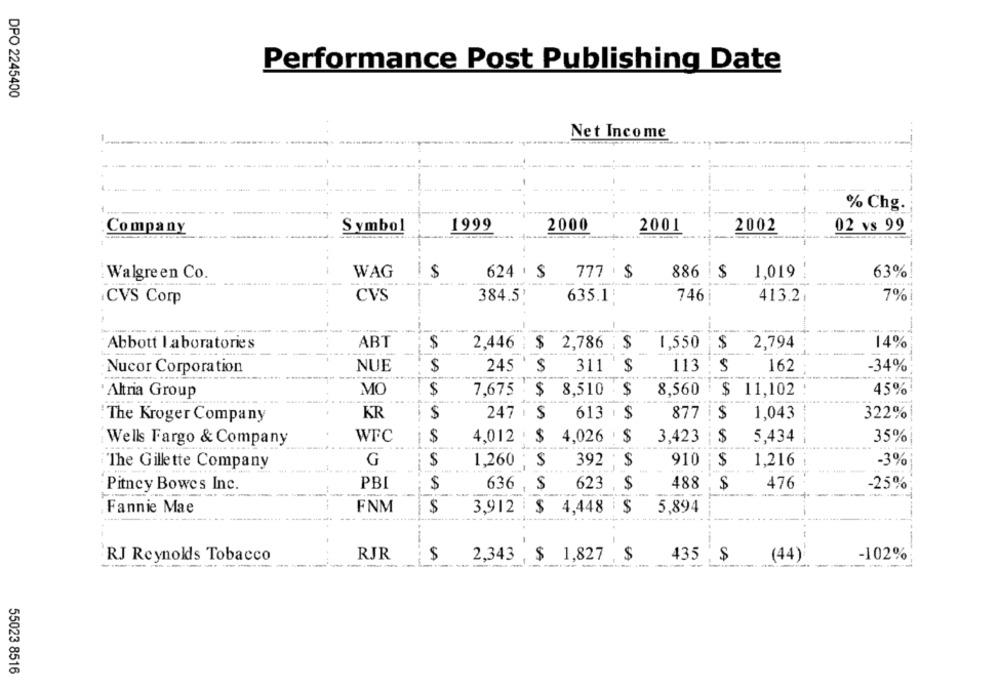
Performance Post Publishing Date
DPO 2245400
Net Income
% Chg.
Symbol
1999
2000
2001
2002
02 vs 99
Company
Walgreen Co.
WAG
CA
624 . $ 777 . $
886 $
1,019
--
63%
CVS
413.2
CVS Corp
384.5'
635.1
746
7%
-
----
---
Abbott Laboratories
ABT
$
2,446 : $ 2,786 :$
1,550
$
2,794
14%
-
-
Nucor Corporation
NUE
$
245
311
$
113
162
-34%
Altria Group
MO
$
7,675 $ 8,510 $
8,560
$ 11,102
45%
KR
$
247 . $
613 $
877
322%
The Kroger Company
$
1,043
Wells Fargo & Company
WFC
4,012 . $ 4,026 $
3,423
$
5,434
35%
G
$
1,260
$
392 :
$
910
1,216
-3%
The Gillette Company
Pitney Bowes Inc.
PBI
636 , $ 623 , $
488
$
476
25%
Fannie Mae
---
FNM
$
3,912 $ 4,448 $
5,894
-
RJ Reynolds Tobacco
RJR
$
2,343 $ 1,827
$
435 ,
CA
(44)
-102%
55023 8516